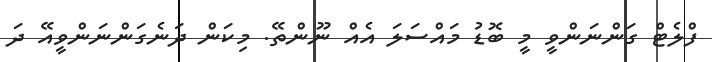
ފްލެޓް ގަންނަންވީ މީ ބޮޑު މައްސަލަ އެއް ނޫންތޭ. މިކަން ދަނެގަންނަންވީއޭ ދަ